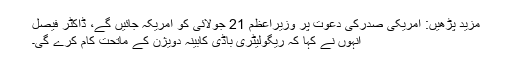
مزید پڑھیں: امریکی صدرکی دعوت پر وزیراعظم 21 جولائی کو امریکہ جائیں گے، ڈاکٹر فیصل
انہوں نے کہا کہ ریگولیٹری باڈی کابینہ دویژن کے ماتحت کام کرے گی۔